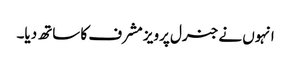
انہوں نے جنرل پرویز مشرف کا ساتھ دیا۔